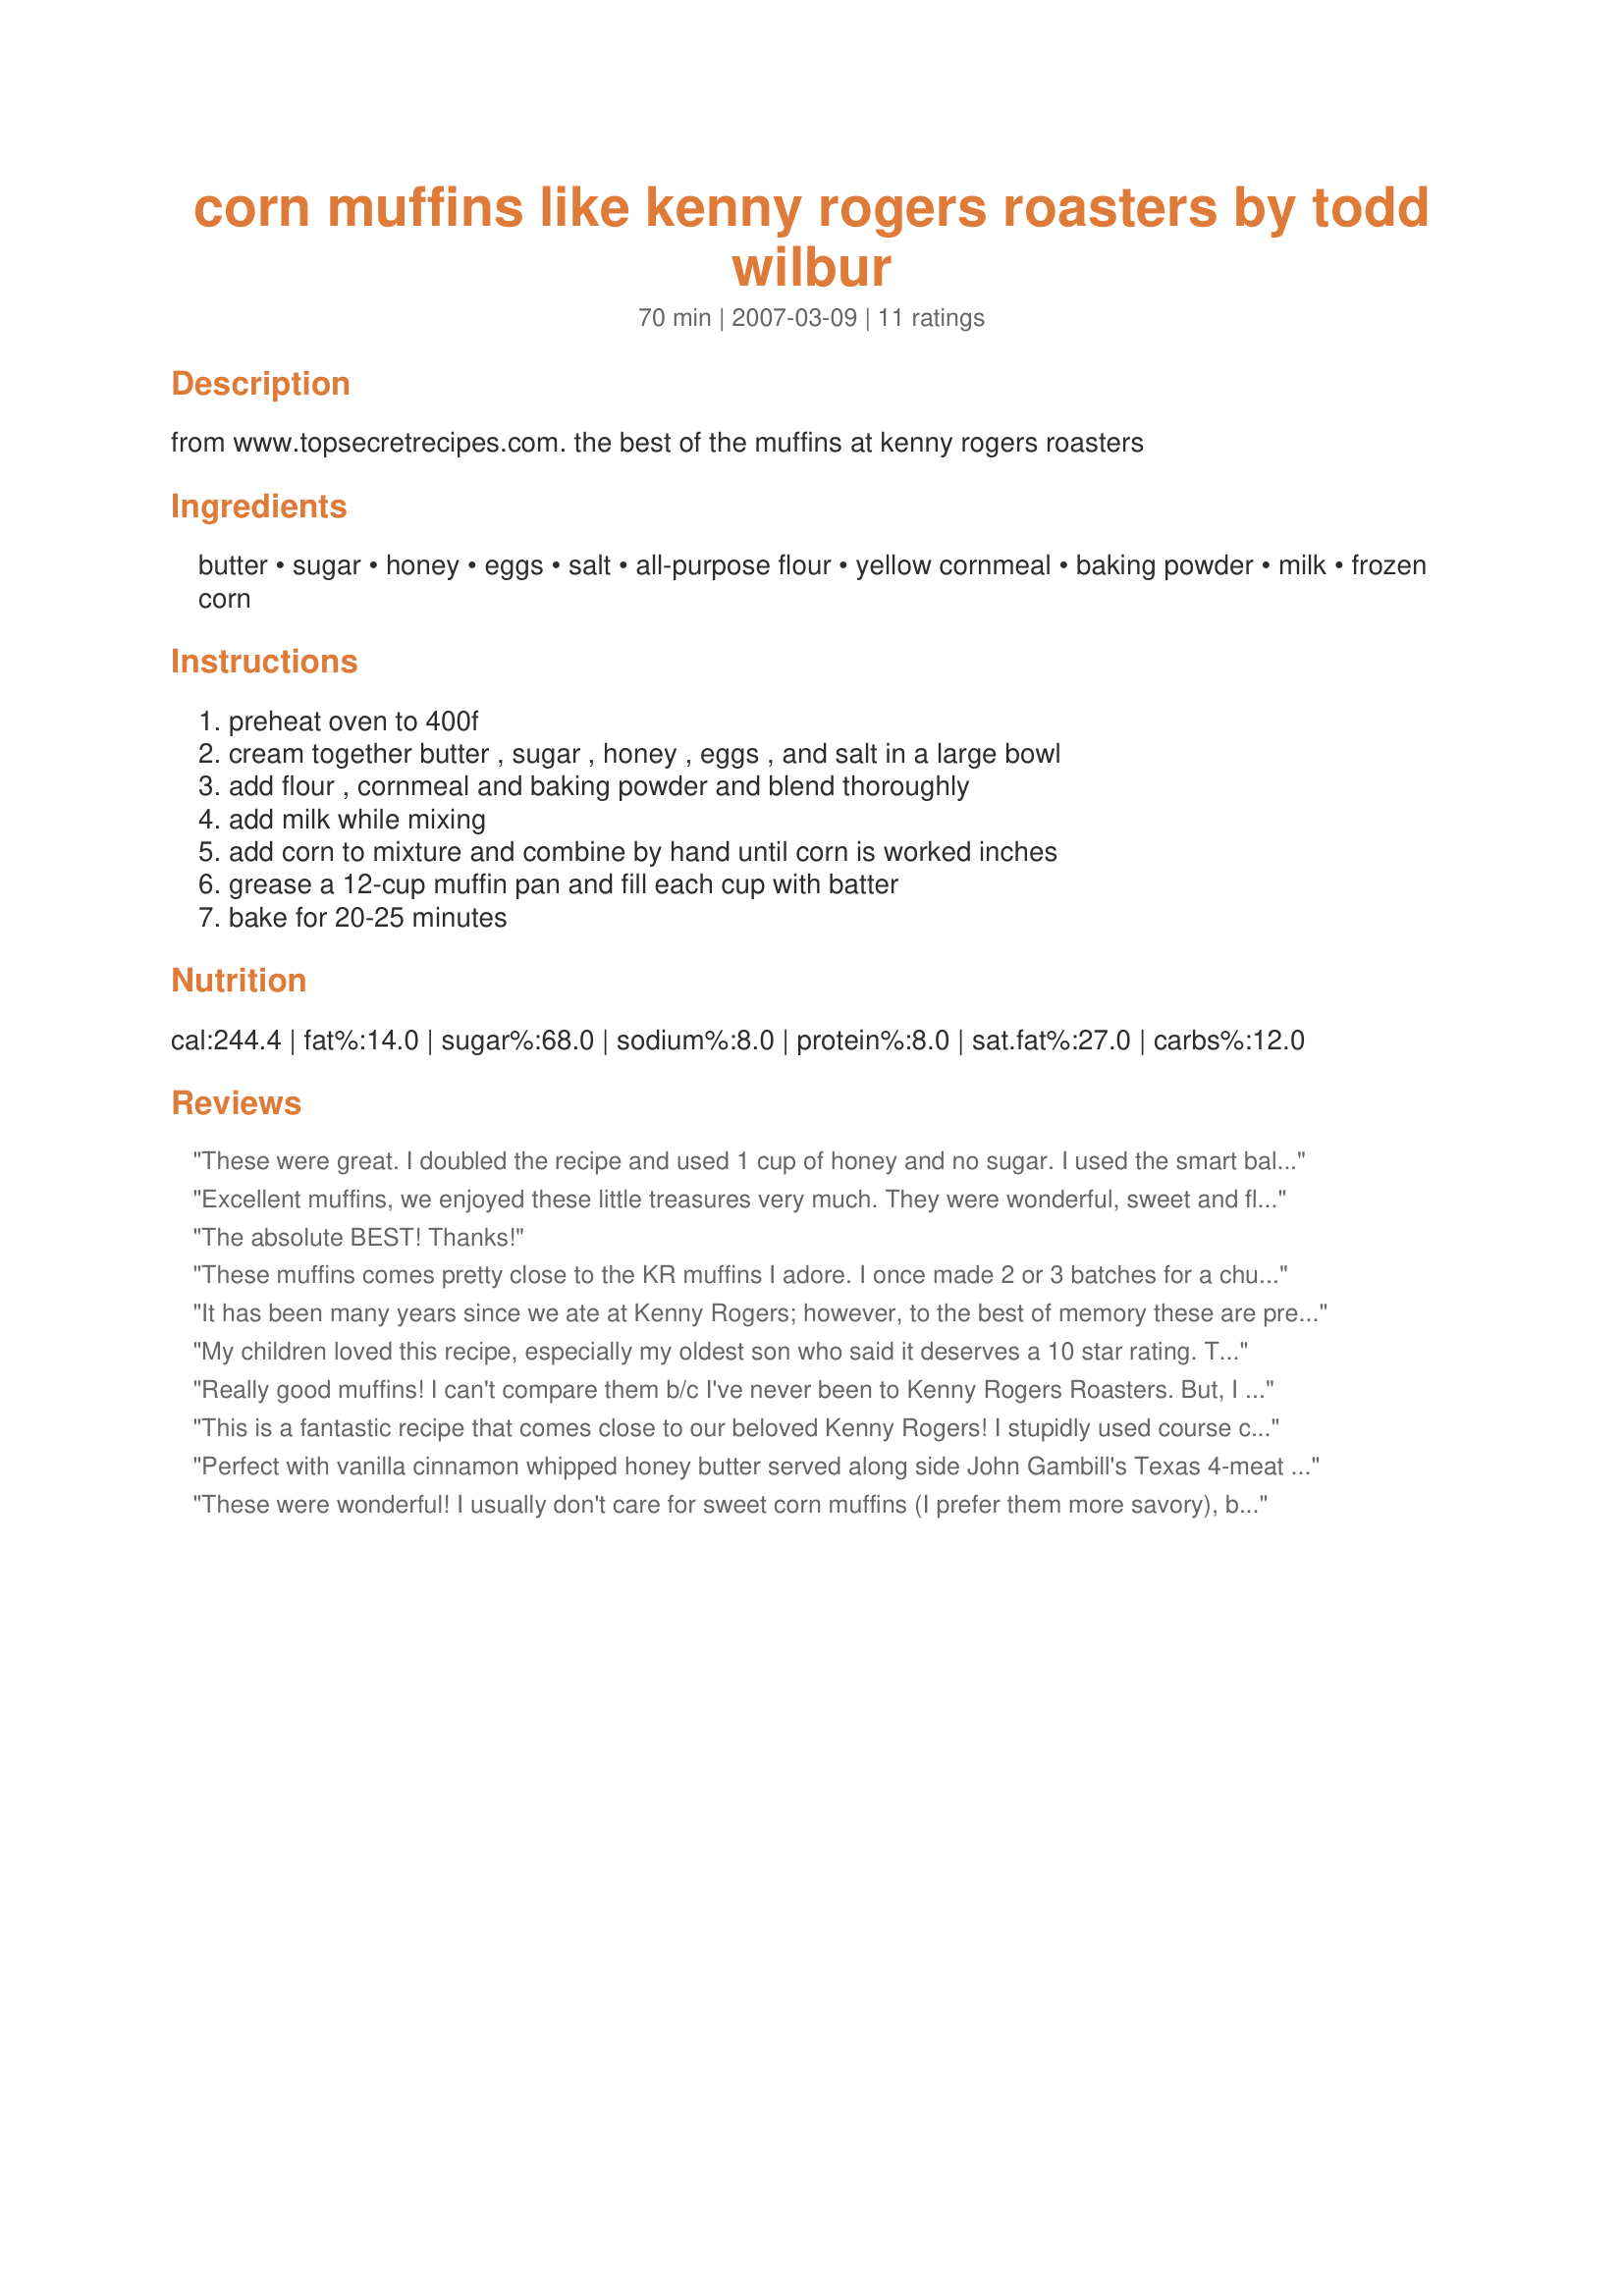
corn muffins like kenny rogers roasters by todd wilbur
Preparation time: 70 minutes

from www.topsecretrecipes.com. the best of the muffins at kenny rogers roasters

Ingredients:
butter, sugar, honey, eggs, salt, all-purpose flour, yellow cornmeal, baking powder, milk, frozen corn

Steps:
preheat oven to 400f, cream together butter , sugar , honey , eggs , and salt in a large bowl, add flour , cornmeal and baking powder and blend thoroughly, add milk while mixing, add corn to mixture and combine by hand until corn is worked inches, grease a 12-cup muffin pan and fill each cup with batter, bake for 20-25 minutes

Reviews:
These were great. I doubled the recipe and used 1 cup of honey and no sugar. I used the smart balance 50/50 for the butter. I also used a whole 16oz bag of frozen corn. We really loved them. Thank you !
Excellent muffins, we enjoyed these little treasures very much. They were wonderful, sweet and flavorful. Made exactly as written and wouldn&#039;t change a thing. They were the perfect accompaniment for our Warm German Potato Salad and Wilted Cabbage dinner. Thanks so much for sharing. Made for Whats on the Menu? Tag Game 2014.
The absolute BEST! Thanks!
These muffins comes pretty close to the KR muffins I adore. I once made 2 or 3 batches for a church function. Needless to say, all gone. I prefer not to use frozen corn and reduce the sugar by a tbs. Yum!
It has been many years since we ate at Kenny Rogers; however, to the best of memory these are pretty close if not right on target. Cornbread/muffins are always a winner in this house and DH reported he liked the light sweetness of the muffins. Not having frozen corn, I used some canned shoepeg corn. Made for *PAC Spring 2008*
My children loved this recipe, especially my oldest son who said it deserves a 10 star rating. Thanks for posting.
Really good muffins! I can't compare them b/c I've never been to Kenny Rogers Roasters. But, I can say I've had many a corn muffin. These are now my go to recipe from now on. Very good in a bowl with beef chili over the top. Thanks for posting!!!
This is a fantastic recipe that comes close to our beloved Kenny Rogers! I stupidly used course cornmeal instead of fine cornmeal. BIG MISTAKE.

Also, i think 1 tsp of vanilla extract will heighten this recipe to perfection. Thanks for sharing.
Perfect with vanilla cinnamon whipped honey butter served along side John Gambill's Texas 4-meat Chili Con-Carne!! We love 'em!
These were wonderful! I usually don't care for sweet corn muffins (I prefer them more savory), but these were soooo good, yet not cloyingly sweet. The honey made a difference, I think. I had to have two, and so did DH! He said "give it 5 stars!" I agree! I used 2% milk and I think I will try using skim evaporated milk next time, which may be very soon! Thanks for this great recipe. I never ate at Kenny Rogers Roasters, but I am sure glad you posted this recipe!
This recipe clone is from Even More Top Secret Recipes by Todd Wilbur: topsecretrecipes.com
